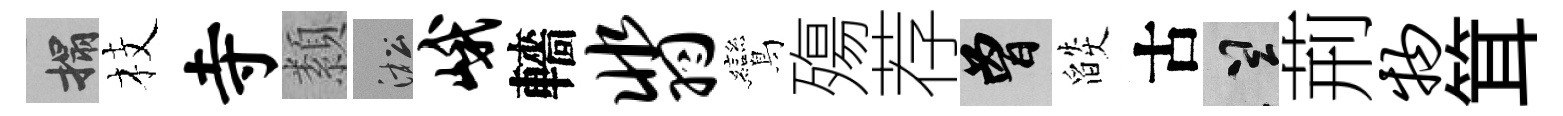
搨枝寺纇淞峨轖翡鸞殤荐曾燄古誠荊物䇯